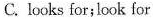
C. looks for;look for